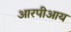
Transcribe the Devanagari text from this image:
आरपीआय